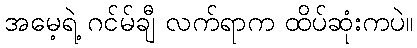
အမေ့ရဲ့ ဂင်မ်ချီ လက်ရာက ထိပ်ဆုံးကပဲ။